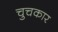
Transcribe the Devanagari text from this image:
चुचकार